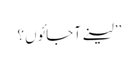
’’لینے آ جائوں؟